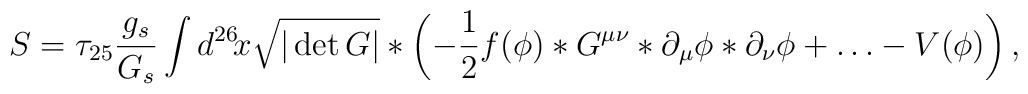
S=\tau_{25}\frac{g_s}{G_s}\int d^{26}\!x\sqrt{|\det G|}*\left(-\frac{1}{2}f(\phi)*G^{\mu\nu}*\partial_{\mu}\phi *\partial_{\nu}\phi+\ldots -V(\phi)\right),